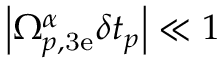
\left| \Omega _ { p , \mathrm { 3 e } } ^ { \alpha } \delta t _ { p } \right| \ll 1